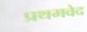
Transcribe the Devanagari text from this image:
प्रथमवेद